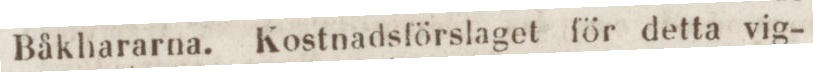
Båkhararna. Kostnadsförslaget för detta vig-